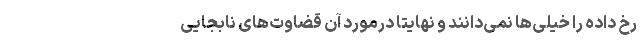
رخ داده را خیلی‌ها نمی‌دانند و نهایتا درمورد آن قضاوت‌های نابجایی